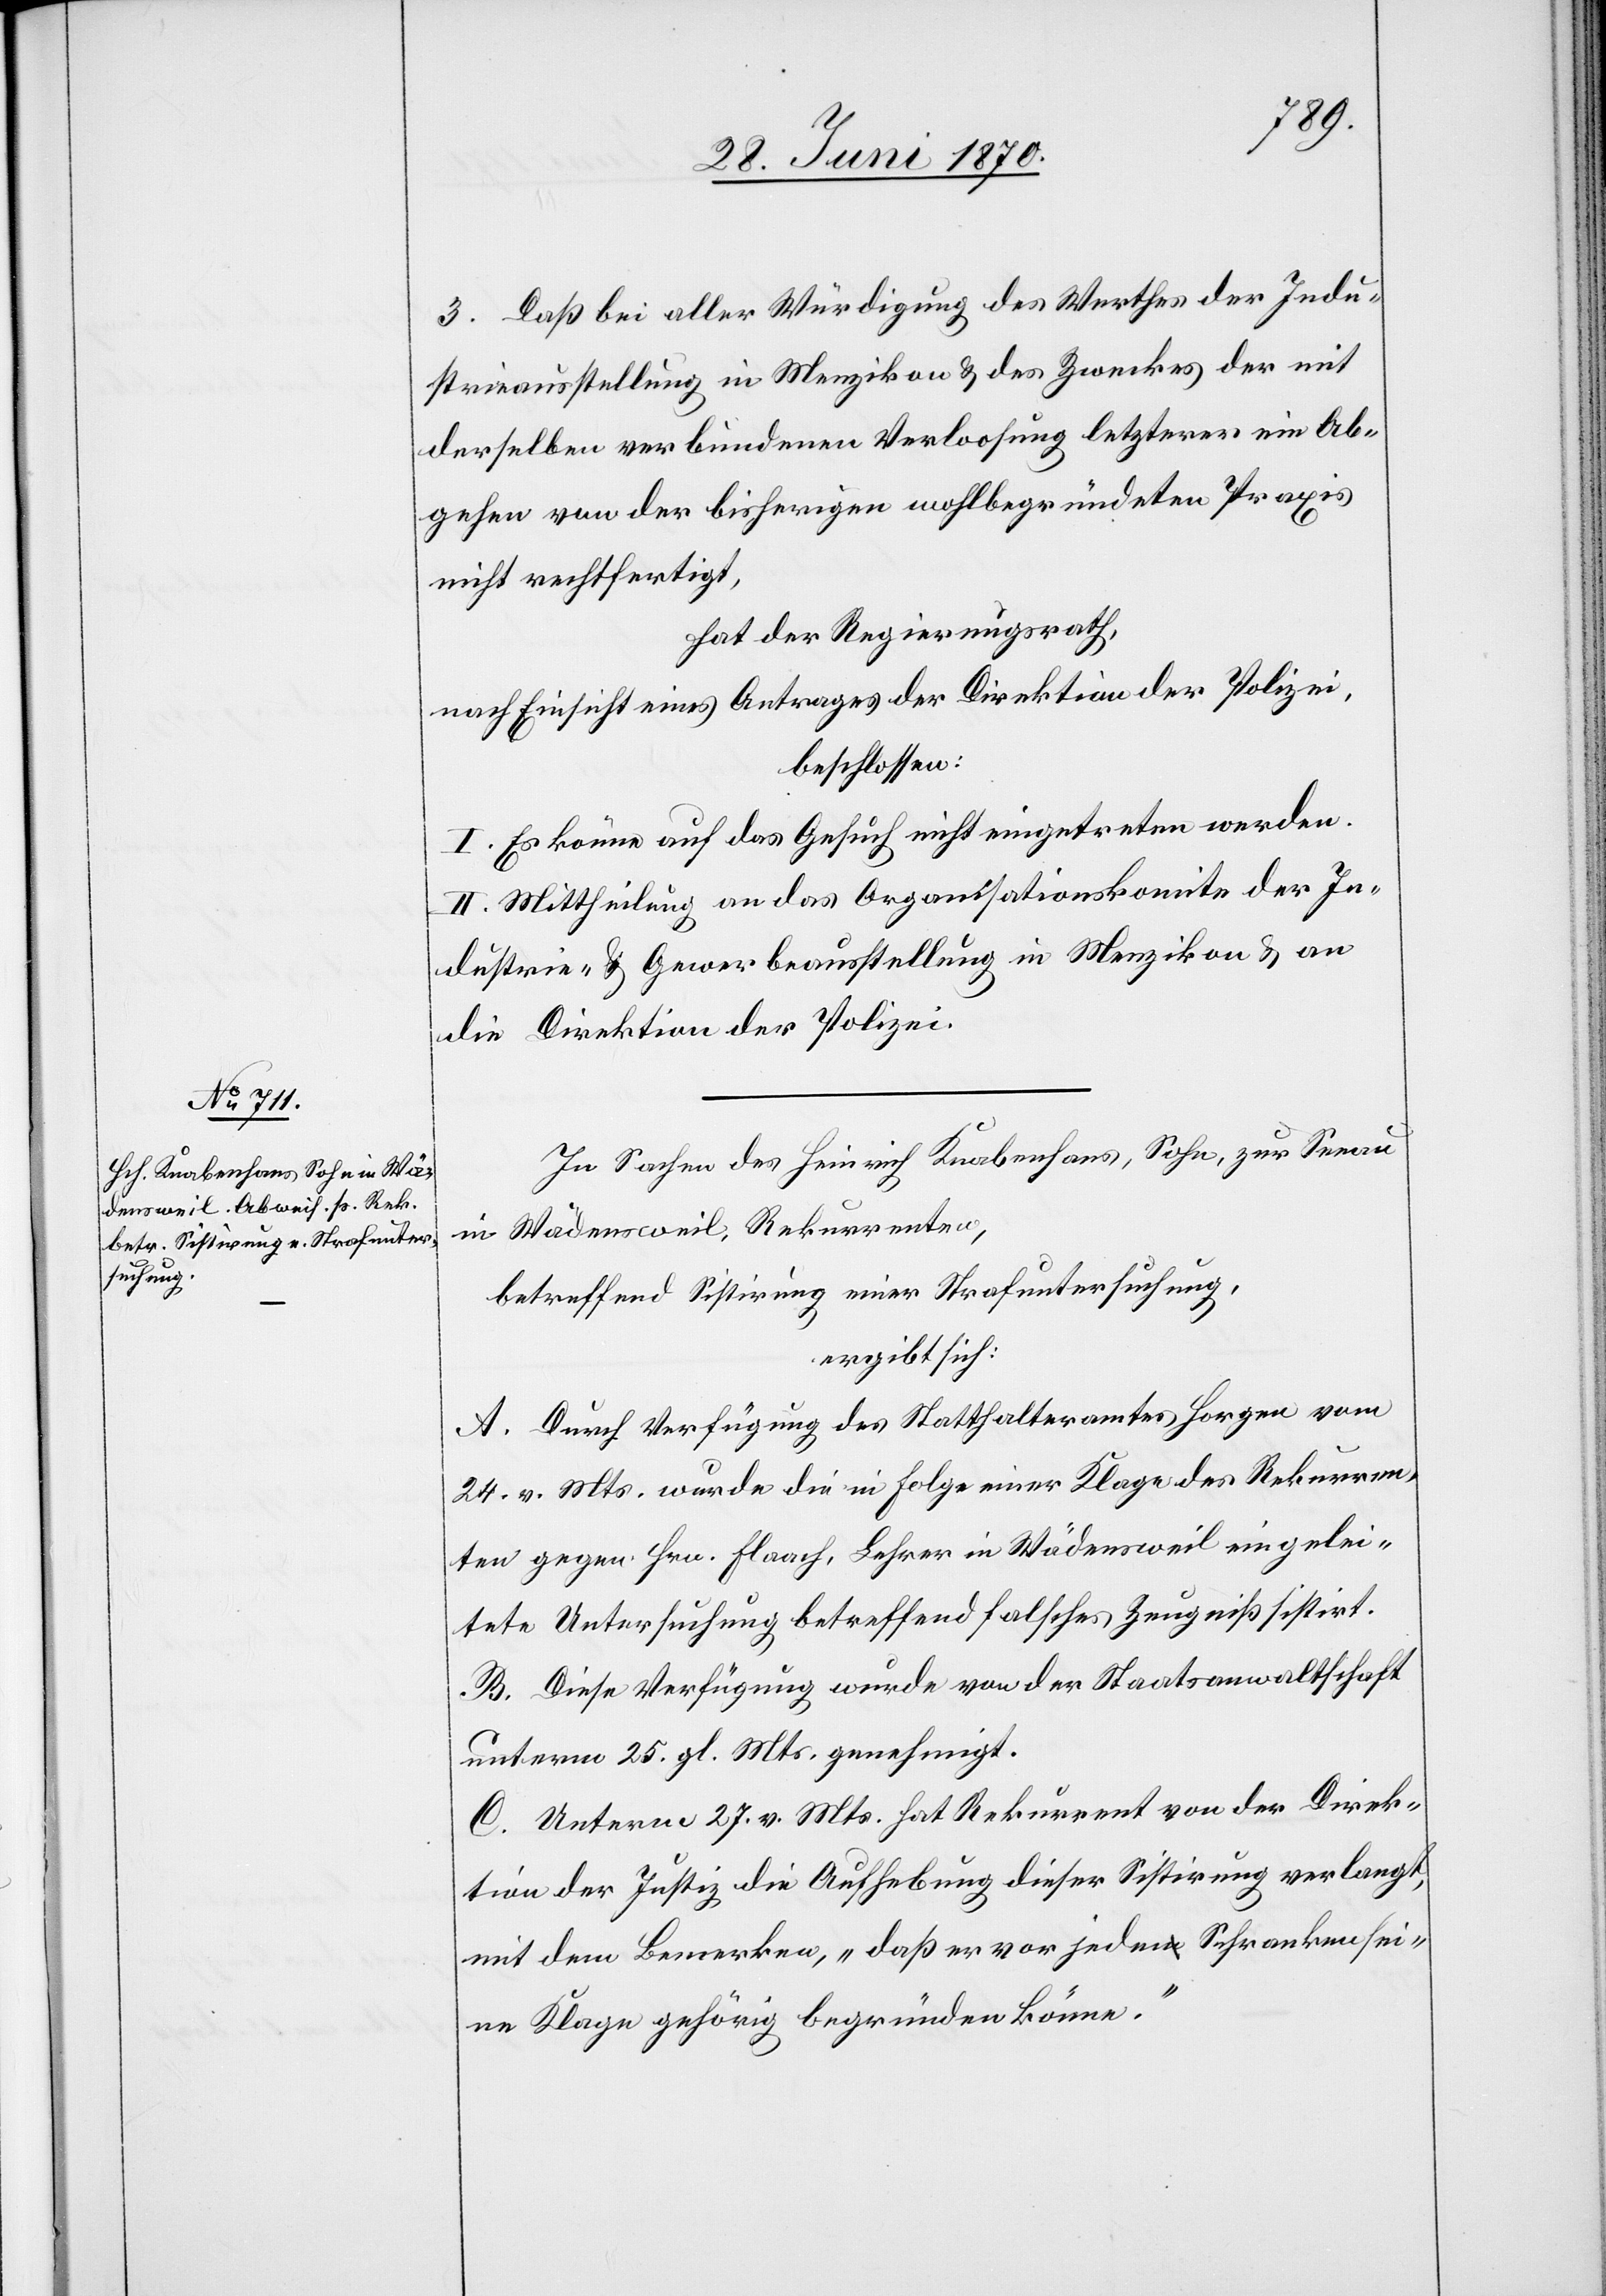
3. Daß bei aller Würdigung des Werthes der Indu¬
strieausstellung in Menzikon & des Zweckes der mit
derselben verbundenen Verloosung letzterer ein Ab¬
gehen von der bisherigen wohlbegründeten Praxis
nicht rechtfertigt,
hat der Regierungsrath,
nach Einsicht eines Antrages der Direktion der Polizei,
beschlossen:
I. Es könne auf das Gesuch nicht eingetreten werden.
II. Mittheilung an das Organisationskomite der In¬
dustrie- & Gewerbeausstellung in Menzikon & an
die Direktion der Polizei.
In Sachen des Heinrich Knabenhans, Sohn, zur Seeau
Wädensweil, Rekurrenten,
in
betreffend Sistirung einer Strafuntersuchung,
ergibt sich:
A. Durch Verfügung des Statthalteramtes Horgen vom
24. v. Mts. wurde die in Folge einer Klage des Rekurren¬
ten gegen Hrn. Flaach, Lehrer in Wädensweil eingelei¬
tete Untersuchung betreffend falsches Zeugniß sistirt.
B. Diese Verfügung wurde von der Staatsanwaltschaft
unterm 25. gl. Mts. genehmigt.
C. Unterm 27. v. Mts. hat Rekurrent von der Direk¬
tion der Justiz die Aufhebung dieser Sistirung verlangt,
mit dem Bemerken, „daß er vor jeden Schranken sei¬
ne Klage gehörig begründen könne.“